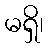
မရှိ၊